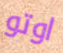
اوتو